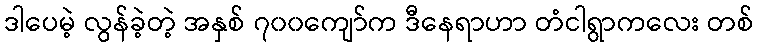
ဒါပေမဲ့ လွန်ခဲ့တဲ့ အနှစ် ၇၀၀ကျော်က ဒီနေရာဟာ တံငါရွာကလေး တစ်